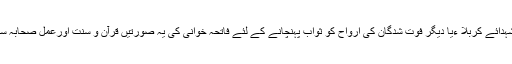
دوم اس لئے کہ شہدائے کربلا ءیا دیگر فوت شدگان کی ارواح کو ثواب پہنچانے کے لئے فاتحہ خوانی کی یہ صورتیں قرآن و سنت اورعمل صحابہ سے ثابت ہی نہیں۔